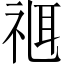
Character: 𥚅